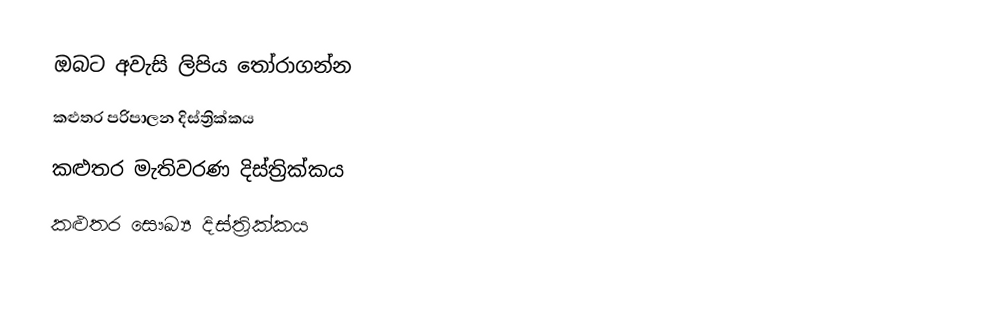
ඔබට අවැසි ලිපිය තෝරාගන්න
 කළුතර පරිපාලන දිස්ත්‍රික්කය
 කළුතර මැතිවරණ දිස්ත්‍රික්කය
 කළුතර සෞඛ්‍ය දිස්ත්‍රික්කය